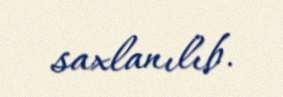
saxlanılıb.